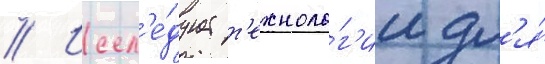
// Иссл'е́дует т'ехноло́г'ии дл'я́